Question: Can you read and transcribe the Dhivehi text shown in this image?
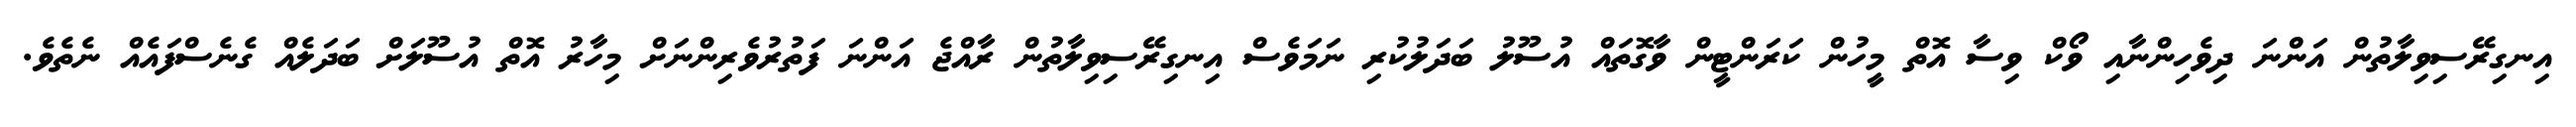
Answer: އިނގިރޭސިވިލާތުން އަންނަ ދިވެހިންނާއި ވޯކް ވިސާ އޮތް މީހުން ކަރަންޓީން ވާގޮތައް އުސޫލު ބަދަލުކުރި ނަމަވެސް އިނގިރޭސިވިލާތުން ރާއްޖެ އަންނަ ފަތުރުވެރިންނަށް މިހާރު އޮތް އުސޫލަށް ބަދަލެއް ގެނެސްފައެއް ނެތެވެ.